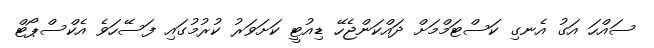
ސައްހަ އަގު އެނގި ކަސްޓަމްމަށް ދައްކަންޖެހޭ ޑިއުޓީ ކަށަވަރު ކުރުމުގައި ފަސޭހަވެ އެކްސްޕޯޓް